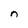
Character: n